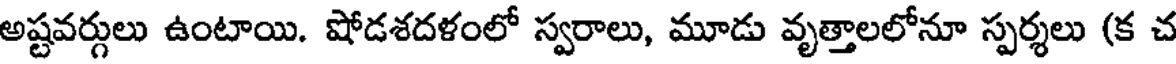
అష్టవర్గులు ఉంటాయి. షోడశదళంలో స్వరాలు, మూడు వృత్తాలలోనూ స్పర్శలు (క చ